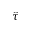
\hat { \tau }